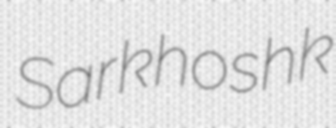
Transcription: Sarkhoshk